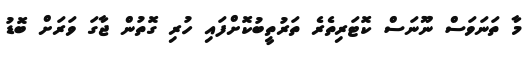
މާ ތަނަވަސް ނޫނަސް ކޮޓަރިތެރެ ތަރުތީބުކޮށްފައި ހުރި ގޮތުން ޖާގަ ވަރަށް ބޮޑު